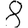
Digit: 8